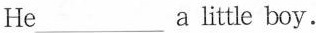
He ___ a little boy.